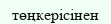
төңкерісінен